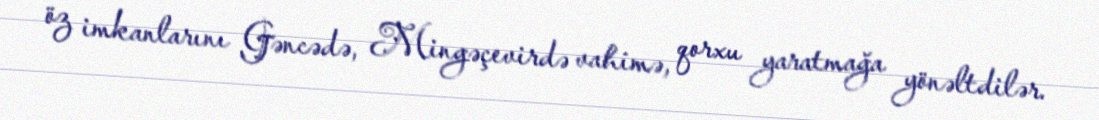
öz imkanlarını Gəncədə, Mingəçevirdə vahimə, qorxu yaratmağa yönəltdilər.